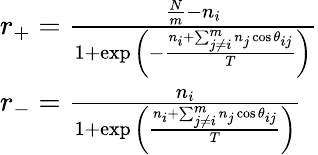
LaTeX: \begin{array}{l}{r_{+}=\frac{\frac{N}{m}-n_{i}}{1+\exp{\left(-\frac{n_{i}+\sum_{j\neq i}^{m}n_{j}\cos{\theta_{ij}}}{T}\right)}}}\\ {r_{-}=\frac{n_{i}}{1+\exp{\left({\frac{n_{i}+\sum_{j\neq i}^{m}n_{j}\cos{\theta_{ij}}}{T}}\right)}}}\end{array}